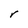
Character: r